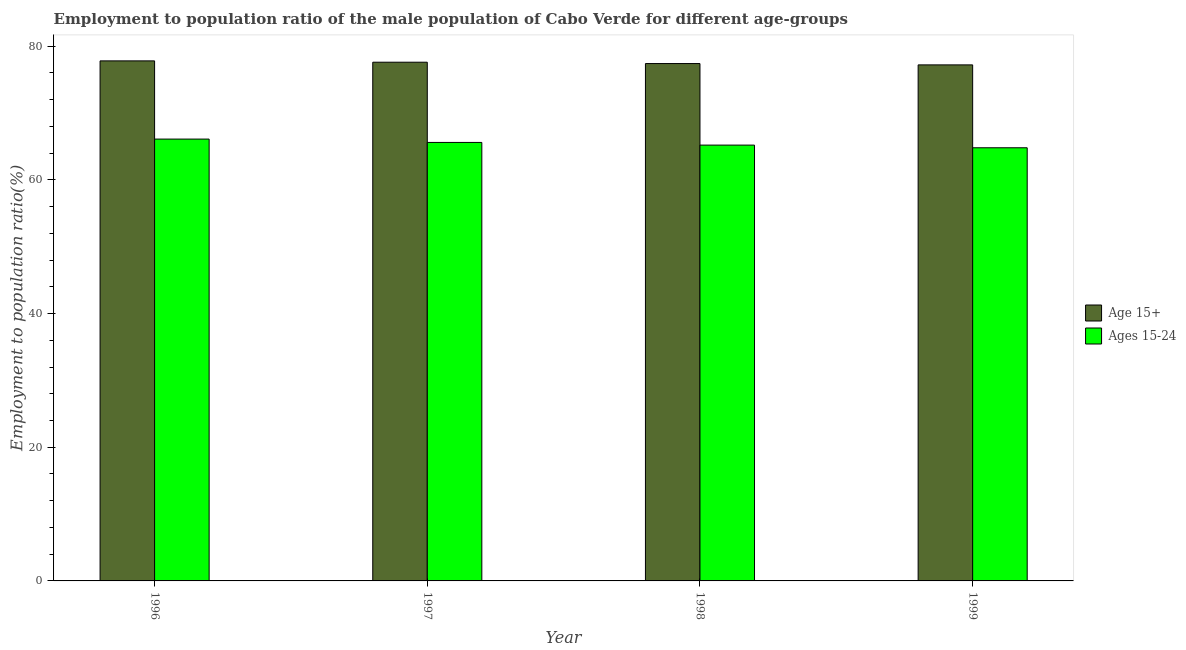
| Year | Age 15+ | Ages 15-24 |
 | --- | --- | --- |
 | 1996 | 77.8 | 66.1 |
 | 1997 | 77.6 | 65.6 |
 | 1998 | 77.4 | 65.2 |
 | 1999 | 77.2 | 64.8 |